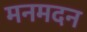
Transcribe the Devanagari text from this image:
मनमदन